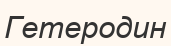
Гетеродин